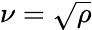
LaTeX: \nu=\sqrt{\rho}